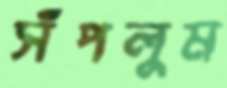
সঁপলুম